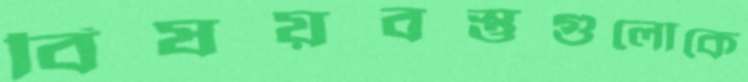
বিষয়বস্তুগুলোকে